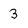
Character: 3